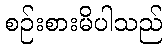
စဉ်းစားမိပါသည်